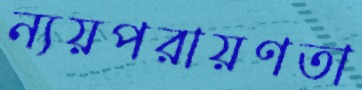
ন্যয়পরায়ণতা